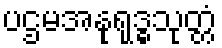
ပဌမအနုရုဒ္ဓသုတ္တံ